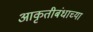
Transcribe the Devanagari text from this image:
आकृतीबंधाच्या